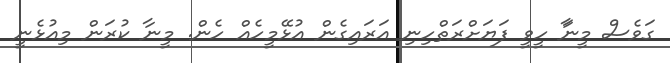
ގަވެސް މީނާަ ހީވީ ފަޔަަަށްރަތްހިނި އަރައިގެން އުޅޭމީހެއް ހެން. މީނާ ކުރަން މިއުޅެނީ